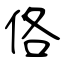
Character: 佫